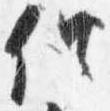
供